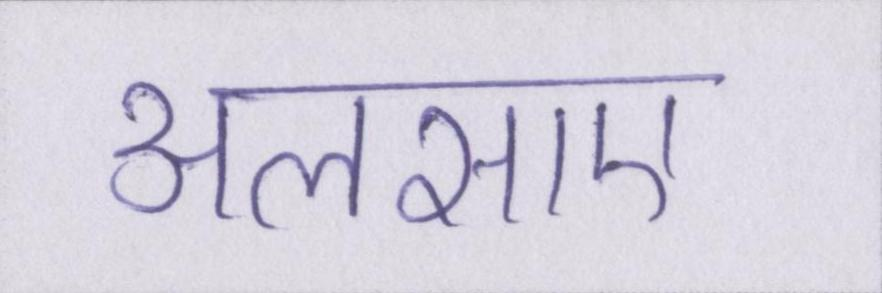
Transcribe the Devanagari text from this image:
अलसाए